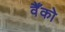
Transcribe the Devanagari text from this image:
वैँको